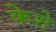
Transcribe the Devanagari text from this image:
केशे